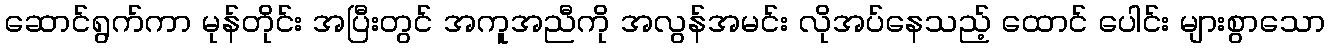
ဆောင်ရွက်ကာ မုန်တိုင်း အပြီးတွင် အကူအညီကို အလွန်အမင်း လိုအပ်နေသည့် ထောင် ပေါင်း များစွာသော